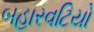
બહારવટિયો